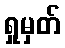
ရှုမှတ်